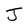
Character: J